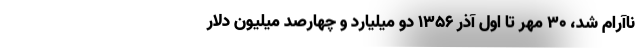
ناآرام شد، ۳۰ مهر تا اول آذر ۱۳۵۶ دو میلیارد و چهارصد میلیون دلار